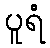
ပူရံ